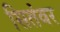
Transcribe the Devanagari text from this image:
सितंवर